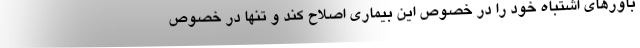
باورهای اشتباه خود را در خصوص این بیماری اصلاح کند و تنها در خصوص